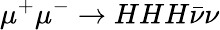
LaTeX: \mu^{+}\mu^{-}\to HHH\bar{\nu}\nu